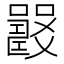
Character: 𡄉